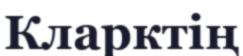
Кларктің